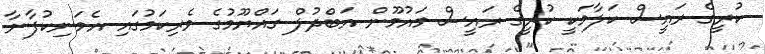
ކުރީގެ ރައީސް ކަލާމަކީ ކުރީގެ ރައީސް މައުމޫން އަބްދުލް ގައްޔޫމުގެ ވެރިކަމުގައި އެމަނިކުފާނާ